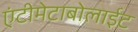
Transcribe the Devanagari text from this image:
एंटीमेटाबोलाईट